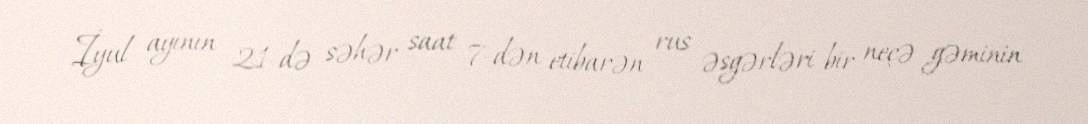
İyul ayının 21-də səhər saat 7-dən etibarən rus əsgərləri bir neçə gəminin